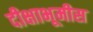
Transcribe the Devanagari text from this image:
दीक्षाभूमीस